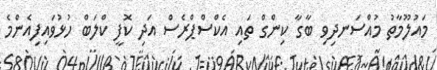
މައުލޫމާތު މުއްސަނދިވި ބާގާ ކިންގް ތައި އެކްސްޕްރެސް އަދި ކޮފީ ކްލަބް ހުޅުވައިފިއެންމެ